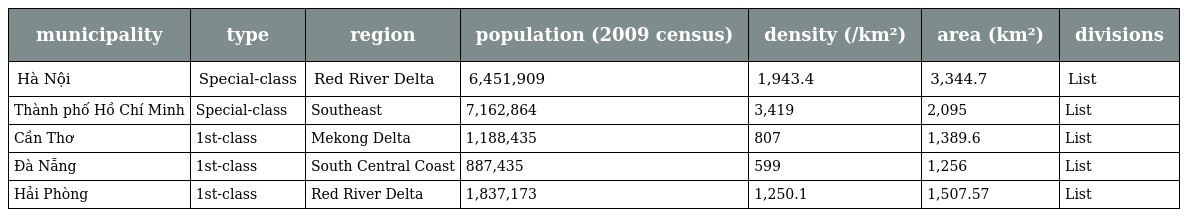
| municipality | type | region | population (2009 census) | density (/km²) | area (km²) | divisions |
 | --- | --- | --- | --- | --- | --- | --- |
 | Hà Nội | Special-class | Red River Delta | 6,451,909 | 1,943.4 | 3,344.7 | List |
 | Thành phố Hồ Chí Minh | Special-class | Southeast | 7,162,864 | 3,419 | 2,095 | List |
 | Cần Thơ | 1st-class | Mekong Delta | 1,188,435 | 807 | 1,389.6 | List |
 | Đà Nẵng | 1st-class | South Central Coast | 887,435 | 599 | 1,256 | List |
 | Hải Phòng | 1st-class | Red River Delta | 1,837,173 | 1,250.1 | 1,507.57 | List |